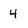
Character: 4